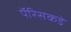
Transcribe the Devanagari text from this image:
पॅरिसकडे